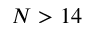
N > 1 4